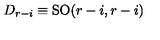
D _ { r - i } \equiv \mathrm { S O } ( r - i , r - i )